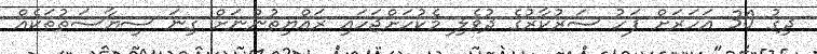
ދިގު 30 އަހަރަށް ފަހު ސަރުކާރުގެ ދުވެލި މެކުހަށްޖަހައި ރައްޔިތުންނަށް ގިނަ ސިޔާސަތުތަކެއް